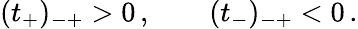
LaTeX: (t_{+})_{-+}>0\, ,\qquad(t_{-})_{-+}<0\, .